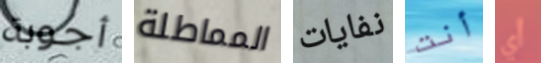
أجوبة المماطلة نفايات أنت أي